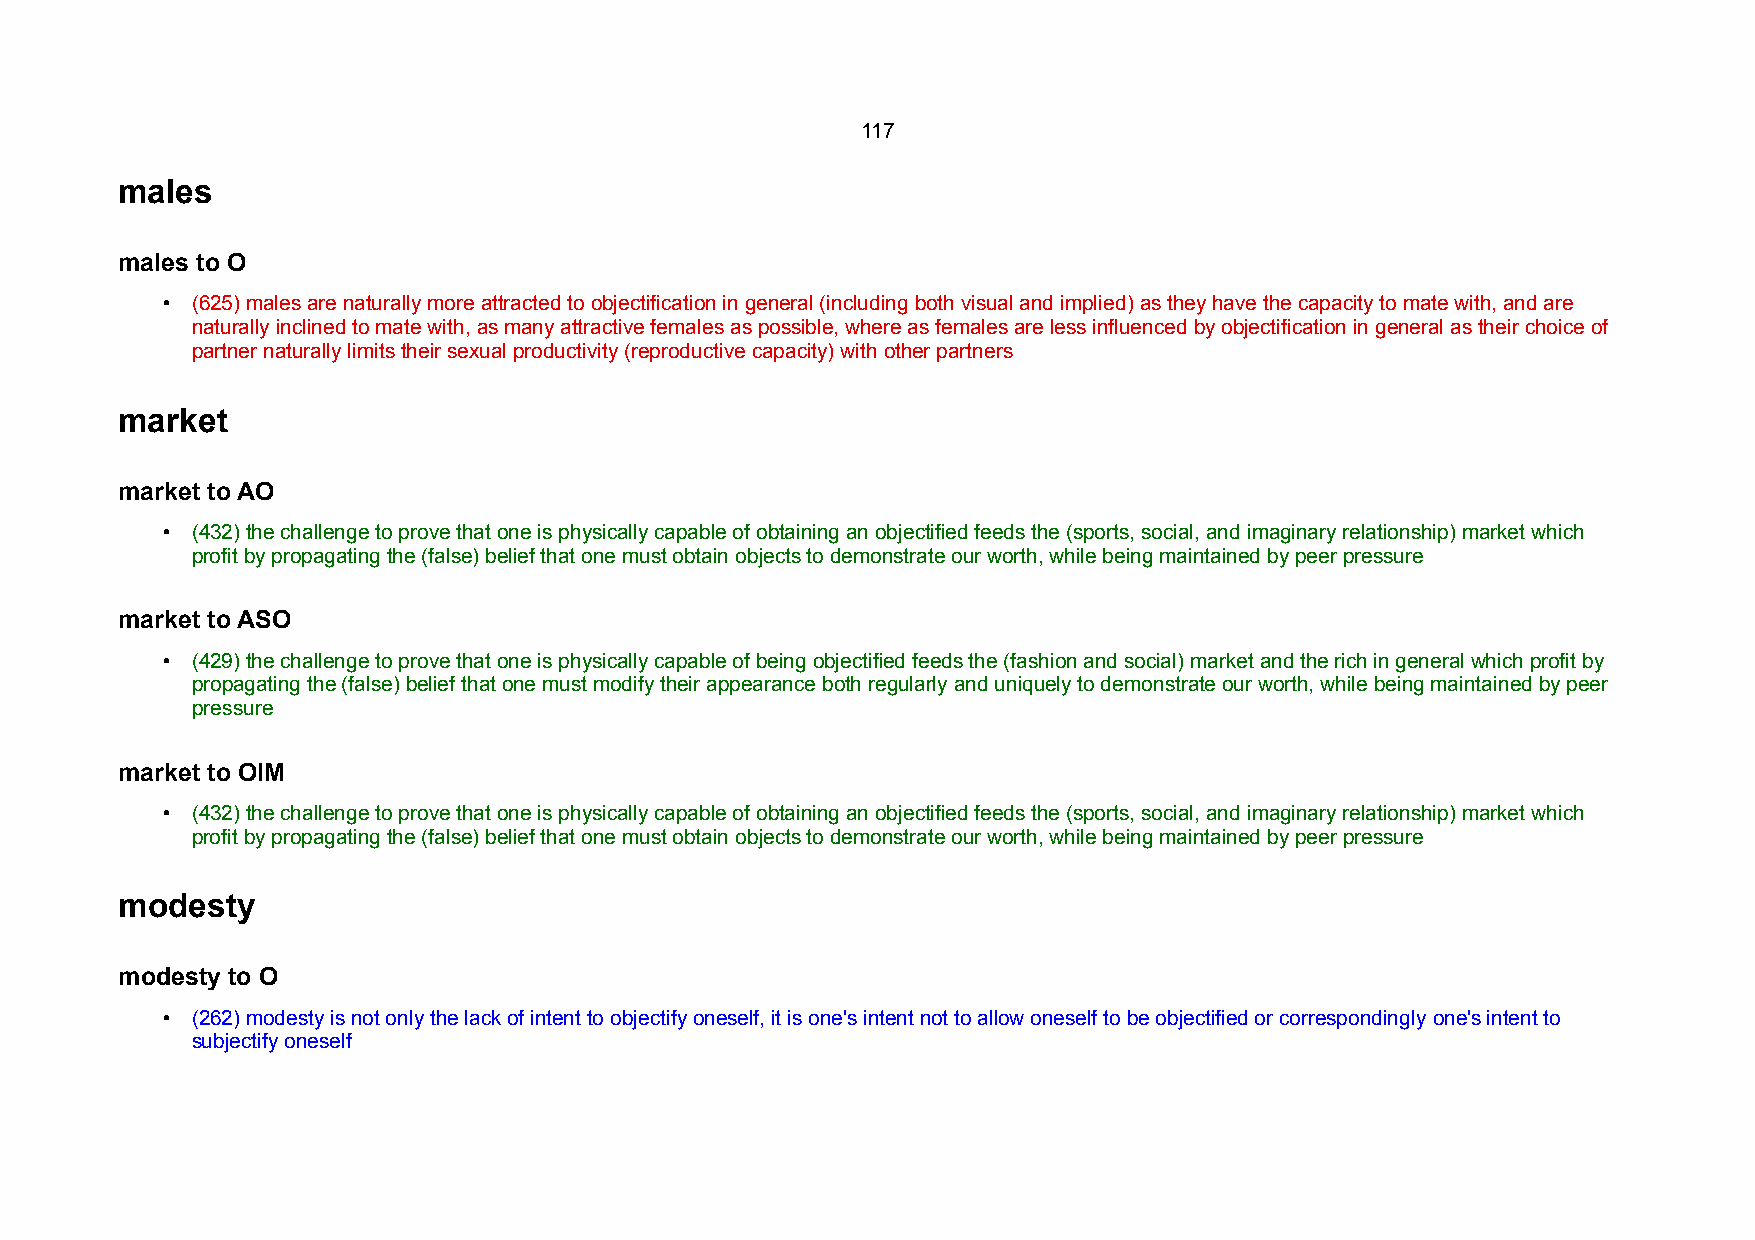
117
 males
 males to O
 • (625) males are naturally more attracted to objectification in general (including both visual and implied) as they have the capacity to mate with, and are
 naturally inclined to mate with, as many attractive females as possible, where as females are less influenced by objectification in general as their choice of
 partner naturally limits their sexual productivity (reproductive capacity) with other partners
 market
 market to AO
 • (432) the challenge to prove that one is physically capable of obtaining an objectified feeds the (sports, social, and imaginary relationship) market which
 profit by propagating the (false) belief that one must obtain objects to demonstrate our worth, while being maintained by peer pressure
 market to ASO
 • (429) the challenge to prove that one is physically capable of being objectified feeds the (fashion and social) market and the rich in general which profit by
 propagating the (false) belief that one must modify their appearance both regularly and uniquely to demonstrate our worth, while being maintained by peer
 pressure
 market to OIM
 • (432) the challenge to prove that one is physically capable of obtaining an objectified feeds the (sports, social, and imaginary relationship) market which
 profit by propagating the (false) belief that one must obtain objects to demonstrate our worth, while being maintained by peer pressure
 modesty
 modesty to O
 • (262) modesty is not only the lack of intent to objectify oneself, it is one's intent not to allow oneself to be objectified or correspondingly one's intent to
 subjectify oneself